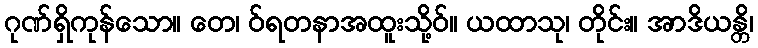
ဂုဏ်ရှိကုန်သော။ တေ၊ ဝ်ရတနာအထူးသို့ဝ်။ ယထာသု၊ တိုင်း။ အာဒိယန္တိ၊